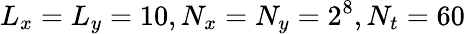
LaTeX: L_{x}=L_{y}=10,N_{x}=N_{y}=2^{8},N_{t}=60